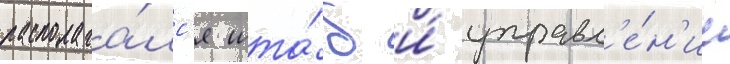
располага́лс'я шта́б и́ управл'е́н'ие